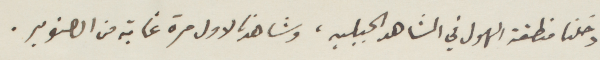
دخلنا منطقة الهول في الشاهد الجبلية، وشاهدنا لأول مرة غابة من الصنوبر.